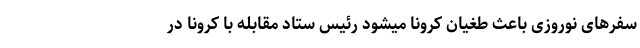
سفرهای نوروزی باعث طغیان کرونا میشود رئیس ستاد مقابله با کرونا در